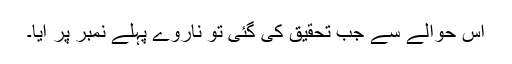
اس حوالے سے جب تحقیق کی گئی تو ناروے پہلے نمبر پر آیا۔